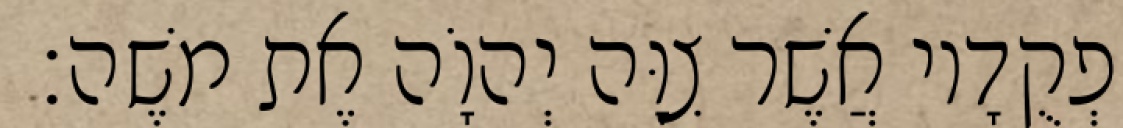
וּפְקֻדָיו אֲשֶׁר צִוָּה יְהוָֹה אֶת משֶׁה׃